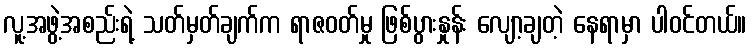
လူ့အဖွဲ့အစည်းရဲ့ သတ်မှတ်ချက်က ရာဇဝတ်မှု ဖြစ်ပွားနှုန်း လျော့ချတဲ့ နေရာမှာ ပါဝင်တယ်။